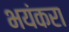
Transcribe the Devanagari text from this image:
भयंकरा